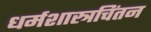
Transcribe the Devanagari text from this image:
धर्मशास्त्रचिंतन